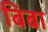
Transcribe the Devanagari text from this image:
बिबा